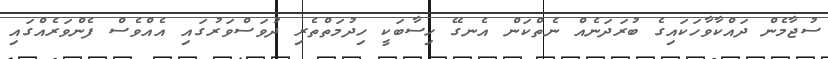
ސުޖާމެން ދައްކާވާހަކައިގެ ބުރަދަނެއް ނެތްކަން އެނގޭ ހިސާބަކީ ހިދުމަތްތެރި ދުވަސްވަރުގައި އެއްވެސް ފެންވަރެއްގައި